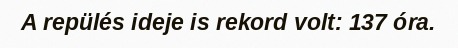
A repülés ideje is rekord volt: 137 óra.